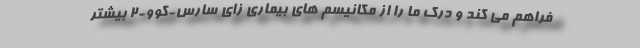
فراهم می کند و درک ما را از مکانیسم های بیماری زای سارس-کوو-۲ بیشتر